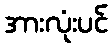
အားလုံးပင်